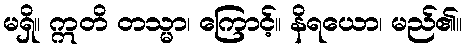
မရှိ။ ဣတိ တသ္မာ၊ ကြောင့်။ နိရယော၊ မည်၏။